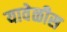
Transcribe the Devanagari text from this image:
यावेळीस